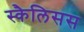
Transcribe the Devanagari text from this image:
स्कैलिसस